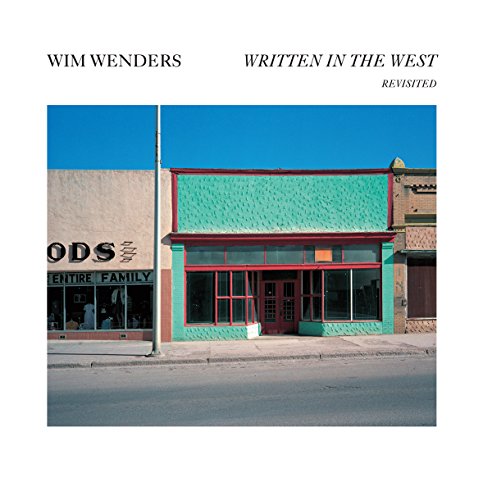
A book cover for Wim Wenders: Written in the West, Revisited; Arts & Photography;